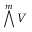
\bigwedge ^ { m } V